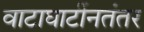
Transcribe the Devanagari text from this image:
वाटाघाटींनतंतर